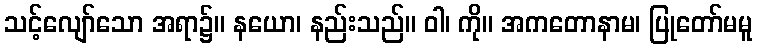
သင့်လျော်သော အရာ၌။ နယော၊ နည်းသည်။ ဝါ၊ ကို။ အကတောနာမ၊ ပြုတော်မမူ